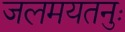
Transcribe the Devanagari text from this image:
जलमयतनुः